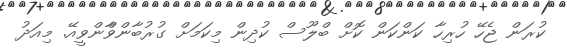
ކުރަން ޖެހޭ ހުރިހާ ކަންކަން ކޮށް ބްލޫސް ކުދިން މިކަމަށް ގުރުބާންވާްންވީއޭ. މިއަދު